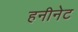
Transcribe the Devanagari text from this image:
हनीनेट